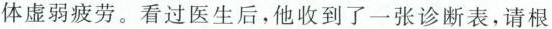
体虚弱疲劳。看过医生后，他收到了一张诊断表，请根